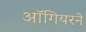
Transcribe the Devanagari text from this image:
ऑगियरने